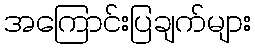
အကြောင်းပြချက်များ